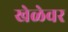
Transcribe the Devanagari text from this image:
खेळेवर